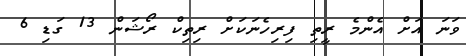
ވަނަ އަށް އެންމެ ރީތި ފިރިހެނަކަށް ރިތިކް ރޯޝަން 13 ގަޑި 6